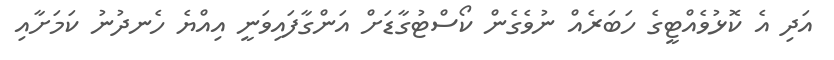
އަދި އެ ކޮޅުވެއްޓީގެ ހަބަރެއް ނުވެގެން ކޯސްޓުގާޑަށް އަންގާފައިވަނީ އިއްޔެ ހެނދުނު ކަމަށާއި